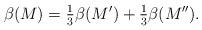
LaTeX: \begin{align*}\beta(M) = \tfrac{1}{3}\beta(M')+\tfrac{1}{3}\beta(M'').\end{align*}